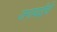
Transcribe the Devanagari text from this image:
जनाबाईंची